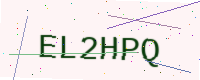
Text: EL2HPQ